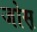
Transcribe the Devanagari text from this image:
जोस़